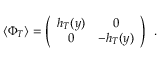
\langle \Phi _ { T } \rangle = \left( \begin{array} { c c } { { h _ { T } ( y ) } } & { { 0 } } \\ { { 0 } } & { { - h _ { T } ( y ) } } \end{array} \right) \ \, .